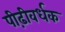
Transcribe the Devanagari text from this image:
पीढ़ीवर्धक